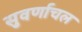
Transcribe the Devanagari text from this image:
सुवर्णाचल